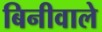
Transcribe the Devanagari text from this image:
बिनीवाले